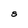
Character: S